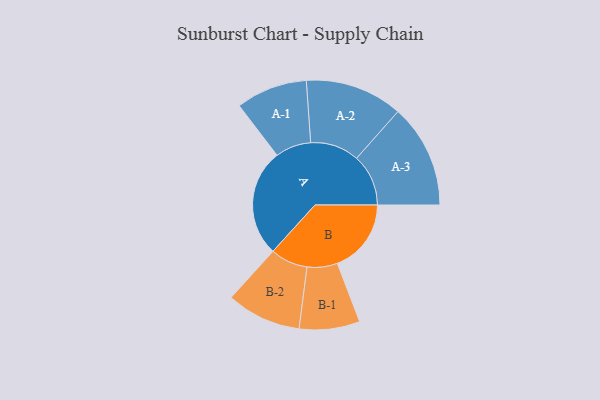
{"axis": {"x": "Segment", "y": "Value"}, "legend": ["", "A", "B"], "data": [{"x": "A", "y": 394, "type": ""}, {"x": "B", "y": 271, "type": ""}, {"x": "A-1", "y": 131, "type": "A"}, {"x": "A-2", "y": 179, "type": "A"}, {"x": "A-3", "y": 190, "type": "A"}, {"x": "B-1", "y": 111, "type": "B"}, {"x": "B-2", "y": 137, "type": "B"}]}